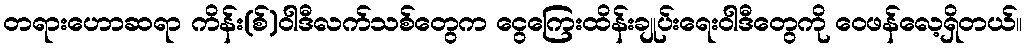
တရားဟောဆရာ ကိန်း(စ်)ဝါဒီလက်သစ်တွေက ငွေကြေးထိန်းချုပ်းရေးဝါဒီတွေကို ဝေဖန်လေ့ရှိတယ်။